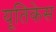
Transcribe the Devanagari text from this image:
यूतिकेस